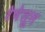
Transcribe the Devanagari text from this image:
रेषेतून